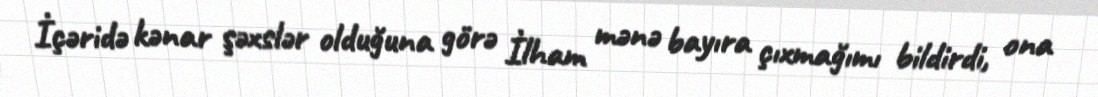
İçəridə kənar şəxslər olduğuna görə İlham mənə bayıra çıxmağımı bildirdi, ona